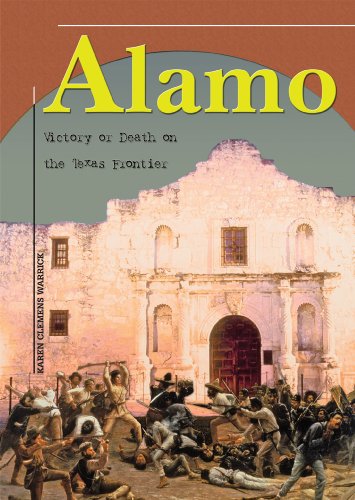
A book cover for Alamo: Victory or Death on the Texas Frontier (America's Living History); Karen Clemens Warrick; Children's Books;